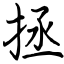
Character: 拯